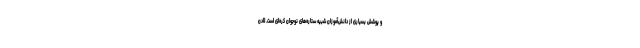
و پوشش بسیاری از دانش‌آموزان شبیه ستاره‌های نوجوان کره‌ای است. لادن